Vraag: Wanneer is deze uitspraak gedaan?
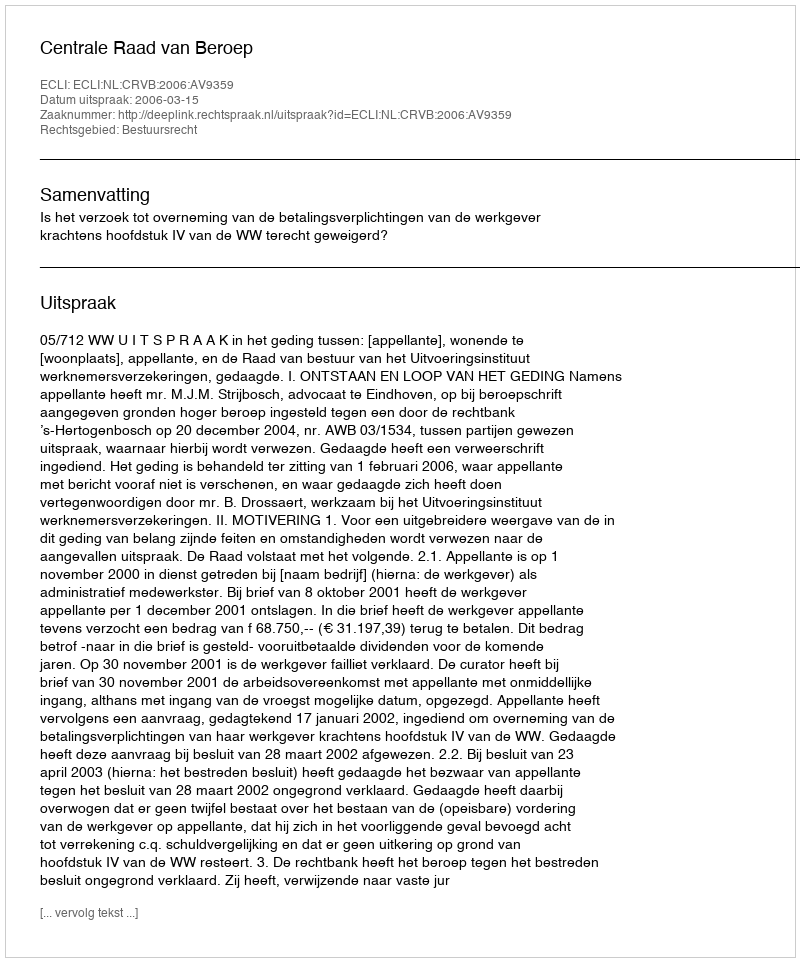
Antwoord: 2006-03-15